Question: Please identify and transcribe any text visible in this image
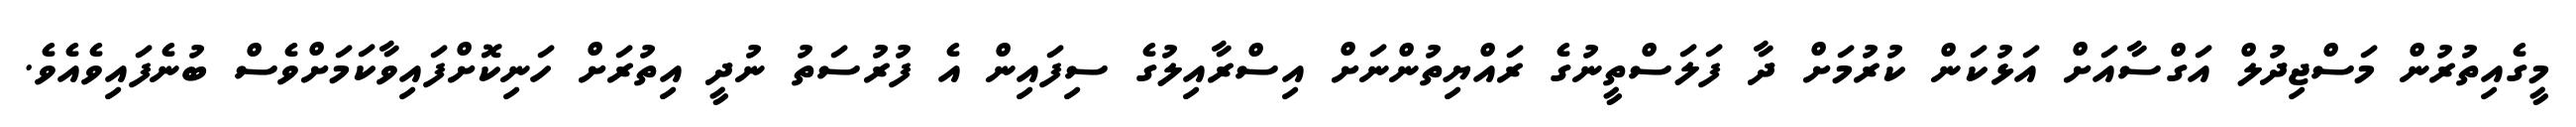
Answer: މީގެއިތުރުން މަސްޖިދުލް އަގްސާއަށް އަޅުކަން ކުރުމަށް ދާ ފަލަސްތީނުގެ ރައްޔިތުންނަށް އިސްރާއިލުގެ ސިފައިން އެ ފުރުސަތު ނުދީ އިތުރަށް ހަނިކޮށްފައިވާކަމަށްވެސް ބުނެފައިވެއެވެ.